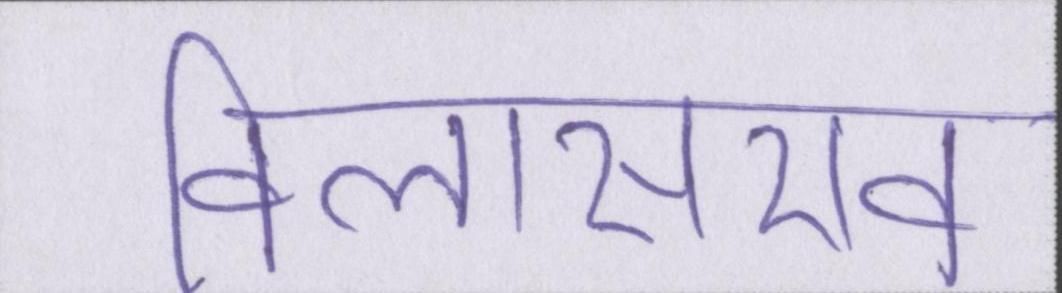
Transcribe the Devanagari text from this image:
विलासराव